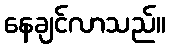
နေချင်လာသည်။